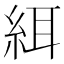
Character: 䋙